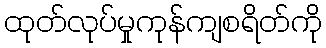
ထုတ်လုပ်မှုကုန်ကျစရိတ်ကို